Indian journal of veterinary science and animal husbandry - Volume 14,
Year: 1944
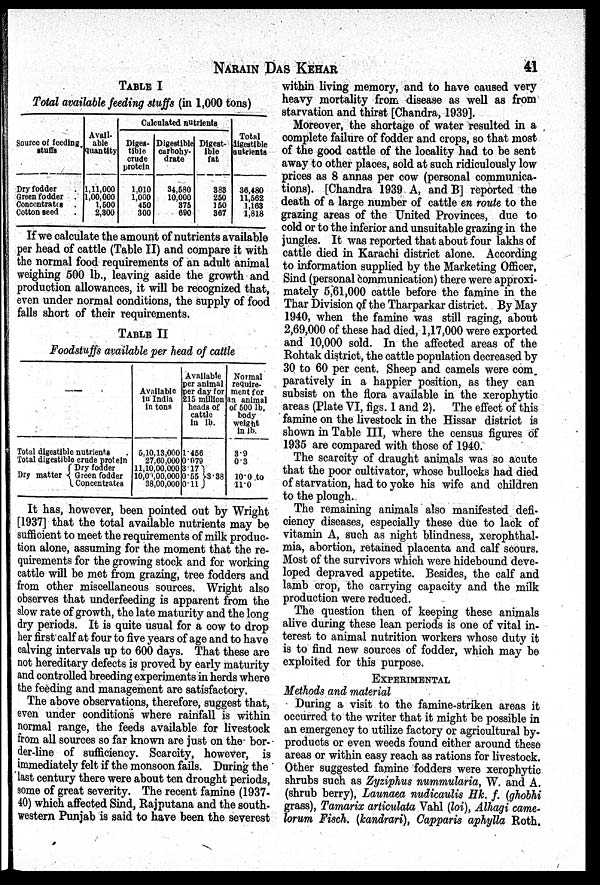
NARAIN
DAS
KEHAR
41
TABLE I
Total available feeding stuffs (in 1,000 tons)
Source of feeding
stuffs
Dry fodder .
Green fodder .
Concentrates .
Cotton seed .
Avail-
able
quantity
1,11,000
1,00,000
1,500
2,300
Calculated nutrients
Diges-
tible
crude
protein
1,010
1,000
450
300
Digestible
carbohy-
drate
34,580
10,000
375
690
Digest-
ible
fat
383
250
150
367
Total
digestible
nutrients
36,480
11,562
1,163
1,818
If we calculate the amount of nutrients available
per head of cattle (Table II) and compare it with
the normal food requirements of an adult animal
weighing 500 lb., leaving aside the growth and
production allowances, it will be recognized that,
even under normal conditions, the supply of food
falls short of their requirements.
TABLE II
Foodstuffs available per head of cattle
—
Total digestible nutrients .
Total digestible crude protein
Dry fodder
Dry matter { Green fodder
Concentrates
Available
in India
in tons
5,10,13,000
27,60,000
11,10,00,000
10,00,00,000
38,00,000
Available
per animal
per day for
215 million
heads of
cattle
in lb.
1.456
0.079
3.17
0.55 } 3.38
0.11
Normal
require-
ment for
an animal
of 500 lb,
body
weight
in lb.
3.9
0.3
10.0 to
11.0
It has, however, been pointed out by Wright
[1937] that the total available nutrients may be
sufficient to meet the requirements of milk produc-
tion alone, assuming for the moment that the re-
quirements for the growing stock and for working
cattle will be met from grazing, tree fodders and
from other miscellaneous sources. Wright also
observes that underfeeding is apparent from the
slow rate of growth, the late maturity and the long
dry periods. It is quite usual for a cow to drop
her first calf at four to five years of age and to have
calving intervals up to 600 days. That these are
not hereditary defects is proved by early maturity
and controlled breeding experiments in herds where
the feeding and management are satisfactory.
The above observations, therefore, suggest that,
even under conditions where rainfall is within
normal range, the feeds available for livestock
from all sources so far known are just on the bor-
der-line of sufficiency. Scarcity, however, is
immediately felt if the monsoon fails. During the
last century there were about ten drought periods,
some of great severity. The recent famine (1937-
40) which affected Sind, Rajputana and the south-
western Punjab is said to have been the severest
within living memory, and to have caused very
heavy mortality from disease as well as from
starvation and thirst [Chandra, 1939].
Moreover, the shortage of water resulted in a
complete failure of fodder and crops, so that most
of the good cattle of the locality had to be sent
away to other places, sold at such ridiculously low
prices as 8 annas per cow (personal communica-
tions). [Chandra 1939 A, and B] reported the
death of a large number of cattle en route to the
grazing areas of the United Provinces, due to
cold or to the inferior and unsuitable grazing in the
jungles. It was reported that about four lakhs of
cattle died in Karachi district alone. According
to information supplied by the Marketing Officer,
Sind (personal communication) there were approxi-
mately 5,61,000 cattle before the famine in the
Thar Division of the Tharparkar district. By May
1940, when the famine was still raging, about
2,69,000 of these had died, 1,17,000 were exported
and 10,000 sold. In the affected areas of the
Rohtak district, the cattle population decreased by
30 to 60 per cent. Sheep and camels were com.
paratively in a happier position, as they can
subsist on the flora available in the xerophytic
areas (Plate VI, figs. 1 and 2). The effect of this
famine on the livestock in the Hissar district is
shown in Table III, where the census figures of
1935 are compared with those of 1940.
The scarcity of draught animals was so acute
that the poor cultivator, whose bullocks had died
of starvation, had to yoke his wife and children
to the plough.
The remaining animals also manifested defi-
ciency diseases, especially these due to lack of
vitamin A, such as night blindness, xerophthal-
mia, abortion, retained placenta and calf scours.
Most of the survivors which were hidebound deve-
loped depraved appetite. Besides, the calf and
lamb crop, the carrying capacity and the milk
production were reduced.
The question then of keeping these animals
alive during these lean periods is one of vital in-
terest to animal nutrition workers whose duty it
is to find new sources of fodder, which may be
exploited for this purpose.
EXPERIMENTAL
Methods and material
During a visit to the famine-striken areas it
occurred to the writer that it might be possible in
an emergency to utilize factory or agricultural by-
products or even weeds found either around these
areas or within easy reach as rations for livestock.
Other suggested famine fodders were xerophytic
shrubs such as Zyziphus nummularia, W. and A.
(shrub berry), Launaea nudicaulis Hk. f. (ghobhi
grass), Tamarix articulata Vahl (loi), Alhagi came-
lorum Fisch. (kandrari), Capparis aphylla Roth.